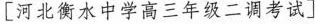
[河北衡水中学高三年级二调考试]